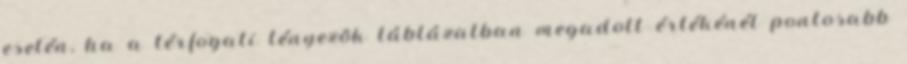
esetén, ha a térfogati tényezõk táblázatban megadott értékénél pontosabb